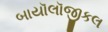
બાયૉલૉજીકલ